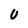
Character: U